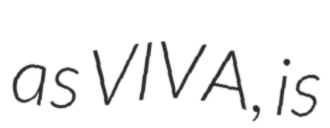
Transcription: as VIVA, is